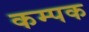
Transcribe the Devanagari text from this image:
कम्पक